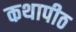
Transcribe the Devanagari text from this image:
कथापीठ